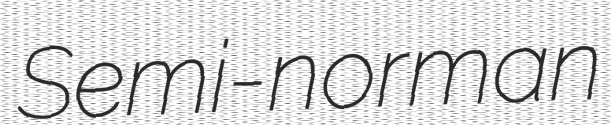
Semi-norman